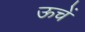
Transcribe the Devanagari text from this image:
ऊचें